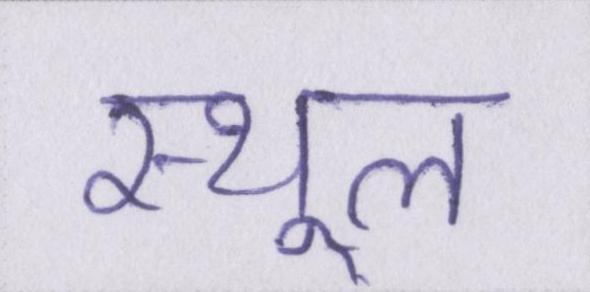
स्थूल